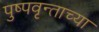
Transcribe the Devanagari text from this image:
पुष्पवृन्ताच्या